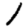
Digit: 1